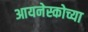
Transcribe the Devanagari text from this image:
आयनेस्कोच्या